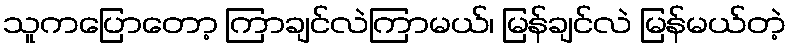
သူကပြောတော့ ကြာချင်လဲကြာမယ်၊ မြန်ချင်လဲ မြန်မယ်တဲ့